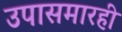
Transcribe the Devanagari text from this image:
उपासमारही